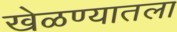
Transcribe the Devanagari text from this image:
खेळण्यातला